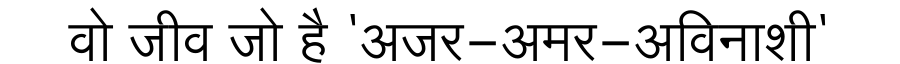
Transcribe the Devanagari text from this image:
वो जीव जो है 'अजर-अमर-अविनाशी'